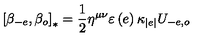
\left[ \beta _ { - e } , \beta _ { o } \right] _ { \ast } = \frac { 1 } { 2 } \eta ^ { \mu \nu } \varepsilon \left( e \right) \kappa _ { \left\vert e \right\vert } U _ { - e , o }